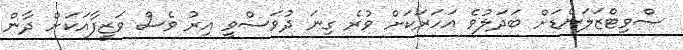
ސްވިޓްޒަލަންޑަށް ބަދަލުވެ އަހަރަކަށް ވުރެ ގިނަ ދުވަސްވީ އިރު ވެސް ވަޒީފާއަކަށް ދާން